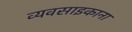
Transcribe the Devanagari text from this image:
व्यवसाइकाना